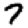
Digit: 7